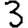
Digit: 3